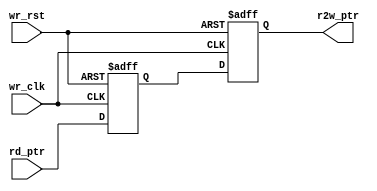
module sync_r2w#(
    parameter ASIZE = 4,
    parameter DSIZE = 8
)(
    output reg [ASIZE:0] r2w_ptr,
    input  [ASIZE:0] rd_ptr,
    input            wr_clk,
    input            wr_rst
);

reg [ASIZE:0] med_ptr1;
always@(posedge wr_clk or posedge wr_rst) begin
  if(wr_rst) begin
    r2w_ptr <= 0;
    med_ptr1 <= 0;
    //{r2w_ptr,med_ptr1} <= 0;    
  end
  else begin
    r2w_ptr <= med_ptr1;
    med_ptr1 <= rd_ptr;
    //{r2w_ptr,med_ptr1} <= {med_ptr1,rd_ptr};
  end  
end
endmodule